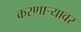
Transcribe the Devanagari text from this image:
करणाऱ्यावर